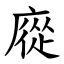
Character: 㢔